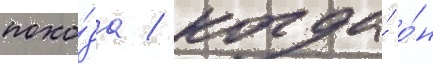
похо́да / когда́ о́н